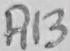
Text: R13